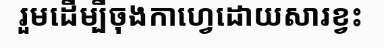
រួមដើម្បីចុងកាហ្វេដោយសារខ្វះ